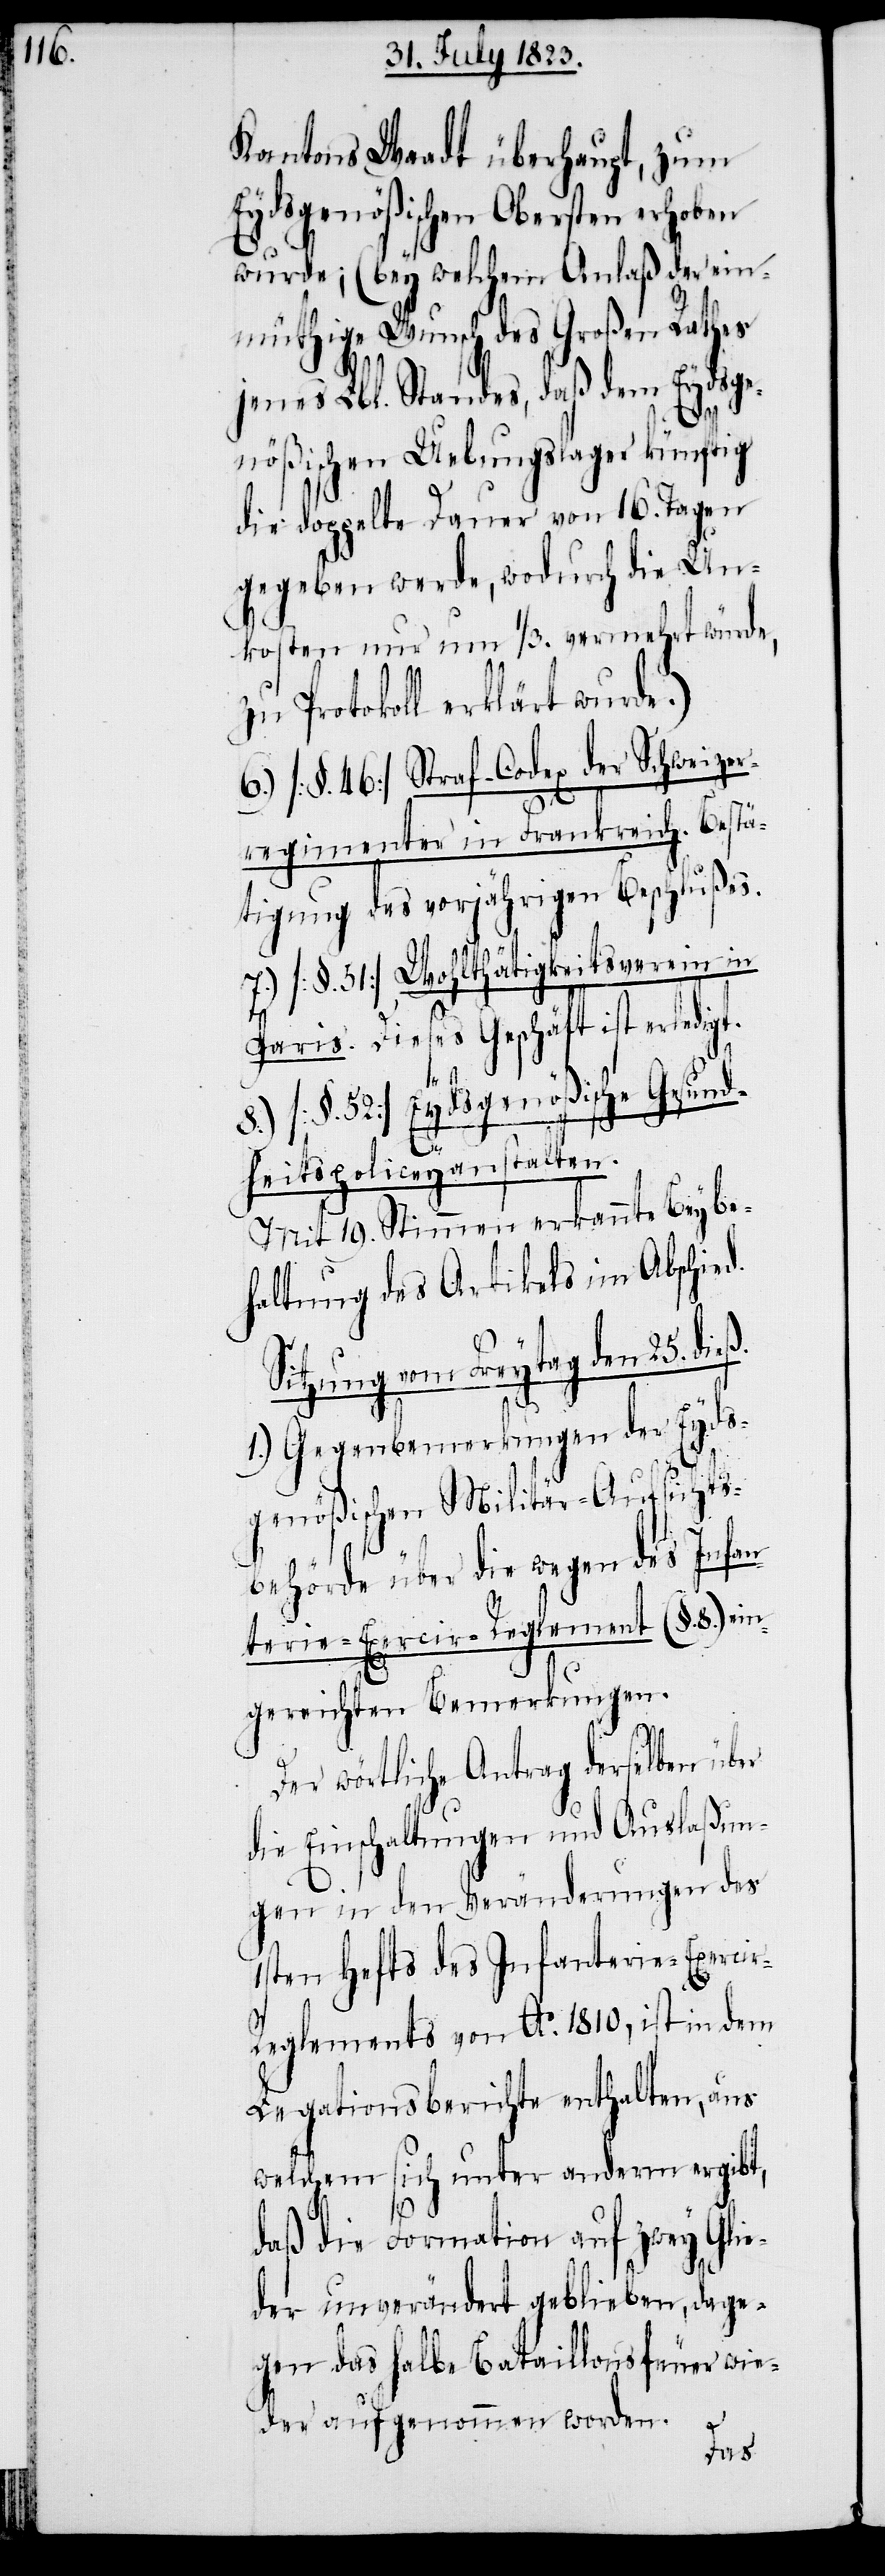
Kantons Waadt überhaupt, zum
Eydsgenößischen Obersten erhoben
eß.
wurde; (bey welchem Anlaß der ein¬
müthige Wunsch des Großen Rathes
jenes Lbl. Standes, daß dem Eydsge¬
nößischen Uebungslager künftig
die doppelte Dauer von 16. Tagen
gegeben werde, wodurch die Un¬
kosten nur um 1/3. vermehrt würde,
Protokoll erklärt wurde.)
6.) [§. 46] Straf-Codex der Schweizer¬
regimenter in Frankreich. Bestä¬
tigung des vorjährigen Beschlußes.
7.) [§. 51] Wohlthätigkeitsverein in
Paris. Dieses Geschäft ist erledigt.
8.) [§. 52.] Eydsgenößische Gesund¬
heitspoliceyanstalten.
Mit 19. Stimmen erkannte Beybe¬
haltung des Artikels im Abschied.
Sitzung vom Freytag den 25. di¬
1.) Gegenbemerkungen der Eyds¬
genößischen Militär-Aufsichts¬
behörde über die wegen des Infan¬
terie-Exercir-Reglement (§. 8.) ein¬
gereichten Bemerkungen.
Der wörtliche Antrag derselben über
die Einschaltungen und Auslaßun¬
gen in den Veränderungen des
1sten Hefts des Infanterie-Exerci¬
r-Reglements von Ao. 1810, ist in dem
Legationsberichte enthalten, aus
welchem sich unter anderm ergibt,
daß die Formation auf zwey Glie¬
der unverändert geblieben, dage¬
gen das halbe Bataillonsfeuer wie¬
der aufgenommen worden.